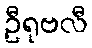
ဦရုဗလီ